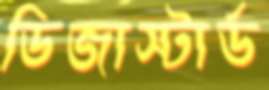
ডিজাস্টার্ড